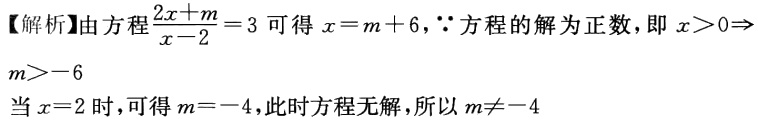
【解析】由方程$\frac{2x + m}{x - 2}=3$可得$x = m + 6$，$\because$方程的解为正数，即$x>0\Rightarrow$

$m>-6$

当$x = 2$时，可得$m = - 4$，此时方程无解，所以$m\neq - 4$